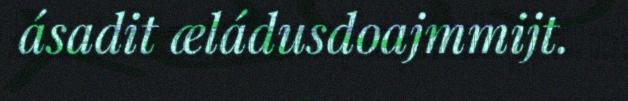
ásadit æládusdoajmmijt.